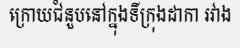
ក្រោយជំនួបនៅក្នុងទីក្រុងដាកា រវាង